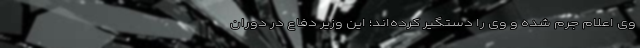
وی اعلام جرم شده و وی را دستگیر کرده‌اند؛ این وزیر دفاع در دوران